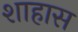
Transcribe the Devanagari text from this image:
शाहास